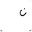
Letter: _non